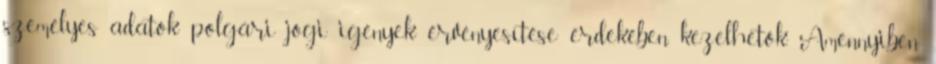
személyes adatok polgári jogi igények érvényesítése érdekében kezelhetők. Amennyiben